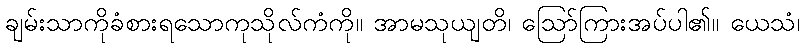
ချမ်းသာကိုခံစားရသောကုသိုလ်ကံကို။ အာမသုယျတိ၊ ဩော်ကြားအပ်ပါ၏။ ယေသံ၊